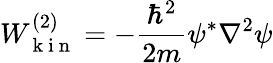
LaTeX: W_{\mathrm{~k~i~n~}}^{(2)}=-\frac{\hbar^{2}}{2m}\psi^{*}\nabla^{2}\psi